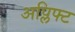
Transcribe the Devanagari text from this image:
अप्लिफ्ट